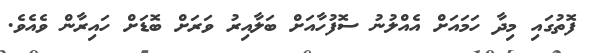
ފޮތުގައި މިދާ ހަމައަށް އެއްލުނު ސޮފުހާއަށް ބަލާއިރު ވަރަށް ބޮޑަށް ހައިރާން ވެއެވެ.